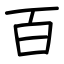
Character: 百